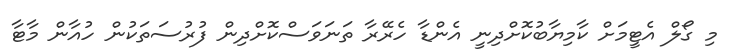
މި ގޯލް އެޓީމަށް ކާމިޔާބުކޮށްދިނީ އެންޑާ ހެރޭރާ ތަނަވަސްކޮށްދިން ފުރުސަތަކުން ހުއާން މާޓާ